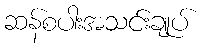
ဆန်စပါးအသင်းချုပ်